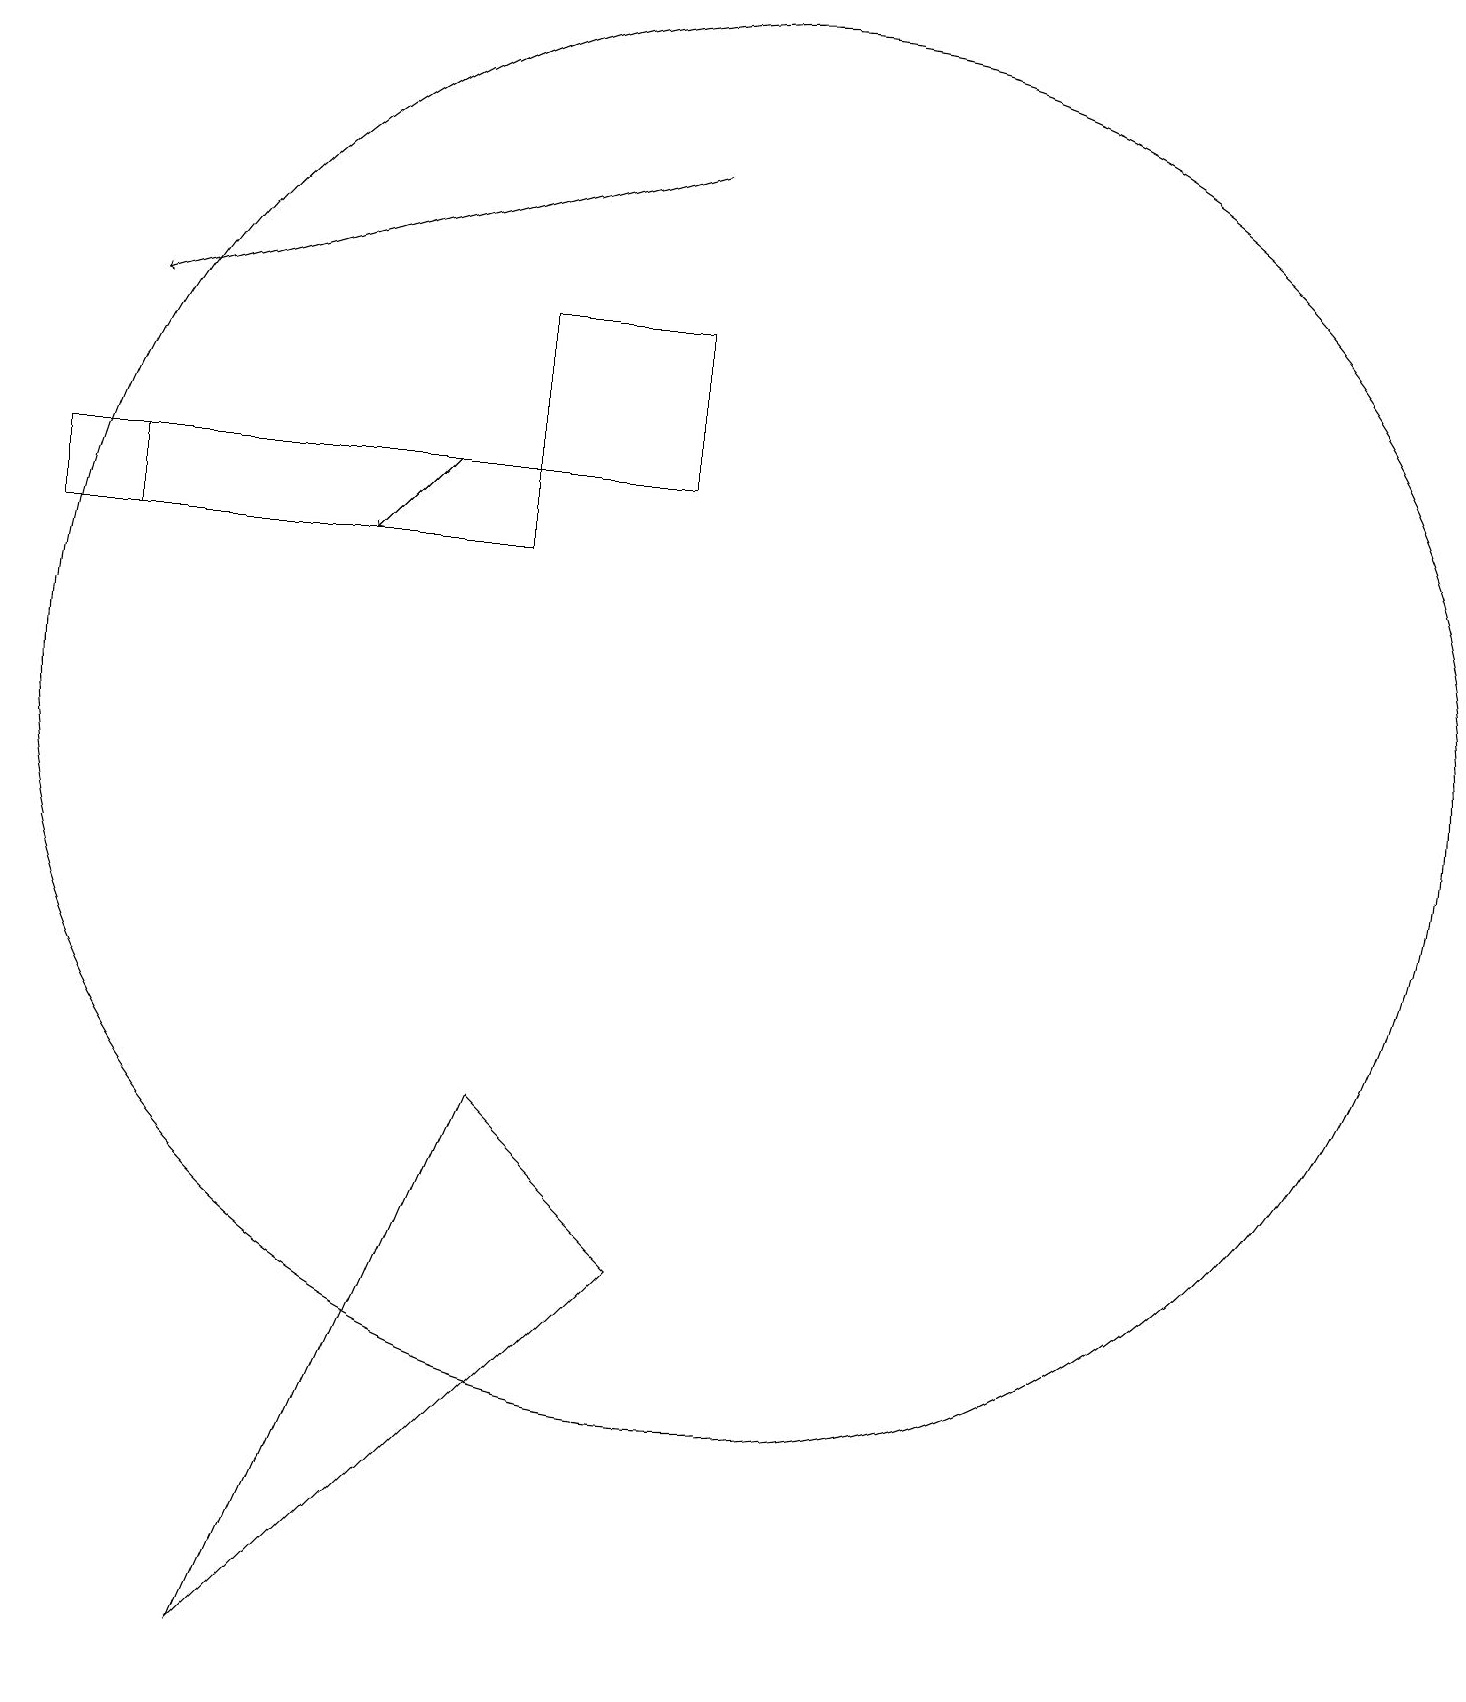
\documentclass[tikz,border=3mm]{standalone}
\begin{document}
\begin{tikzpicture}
\draw[->] (9,19) -- (2,17);
\draw (7,7) -- (9,5) -- (4,0) -- cycle;
\draw (10,12) circle (9);
\draw[->] (6,15) -- (5,14);
\draw (7,17) rectangle (9,15);
\draw (2,14) rectangle (7,15);
\draw (1,14) rectangle (7,15);
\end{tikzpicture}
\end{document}